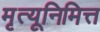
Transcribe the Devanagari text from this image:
मृत्यूनिमित्त